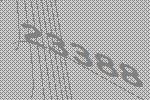
23388